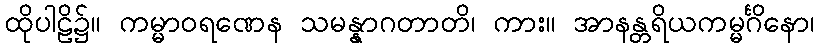
ထိုပါဠိ၌။ ကမ္မာဝရဏေန သမန္နာဂတာတိ၊ ကား။ အာနန္တရိယကမ္မင်္ဂိနော၊